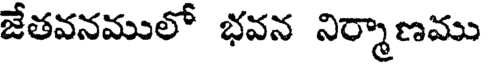
జేతవనములో భవన నిర్మాణము